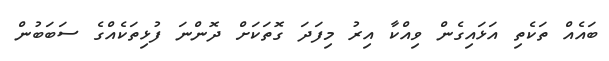
ބައެއް ތަކެތި އަޅައިގެން ވިއްކާ އިރު މިފަދަ ގޮތަކަށް ދޮންނަ ފުޅިތަކެއްގެ ސަބަބުން